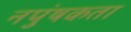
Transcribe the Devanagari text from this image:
नपुंषकता